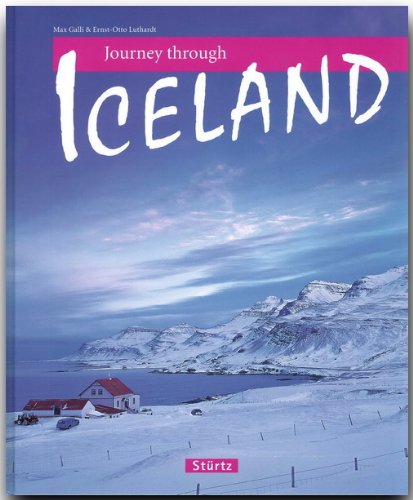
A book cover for Journey Through Iceland (Journey Through series); Ernst-Otto Luthardt; History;